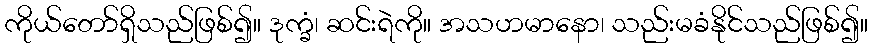
ကိုယ်တော်ရှိသည်ဖြစ်၍။ ဒုက္ခံ၊ ဆင်းရဲကို။ အသဟမာနော၊ သည်းမခံနိုင်သည်ဖြစ်၍။